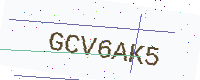
Text: GCV6AK5